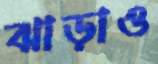
ঝাড়াও